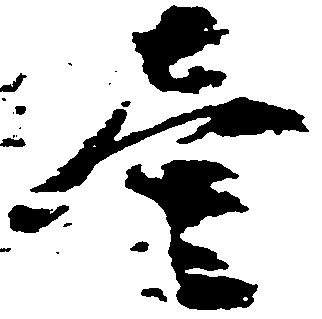
壱